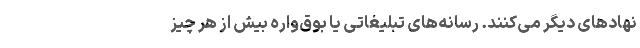
نهادهای دیگر می‌كنند. رسانه‌های تبلیغاتی یا بوق‌واره بیش از هر چیز